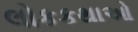
લોકકથાઓ